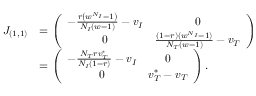
\begin{array} { r l } { J _ { ( 1 , 1 ) } } & { = \left( \begin{array} { c c } { - \frac { r \left( w ^ { N _ { I } } - 1 \right) } { N _ { I } ( w - 1 ) } - v _ { I } } & { 0 } \\ { 0 } & { \frac { ( 1 - r ) ( w ^ { N _ { I } } - 1 ) } { N _ { T } ( w - 1 ) } - v _ { T } } \end{array} \right) } \\ & { = \left( \begin{array} { c c } { - \frac { N _ { T } r v _ { T } ^ { * } } { N _ { I } ( 1 - r ) } - v _ { I } } & { 0 } \\ { 0 } & { v _ { T } ^ { * } - v _ { T } } \end{array} \right) . } \end{array}